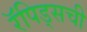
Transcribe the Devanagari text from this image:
रॅपिड्सची